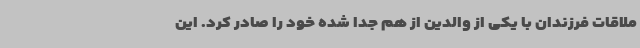
ملاقات فرزندان با یکی از والدین از هم جدا شده خود را صادر کرد. این